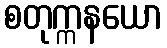
စတုက္ကနယော